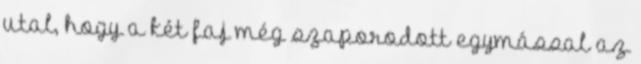
utal, hogy a két faj még szaporodott egymással az